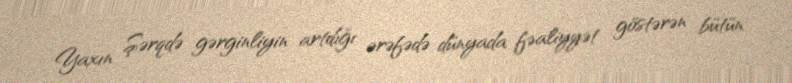
Yaxın Şərqdə gərginliyin artdığı ərəfədə dünyada fəaliyyət göstərən bütün